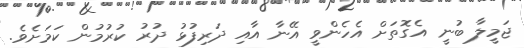
ޖަމީލާ ބުނީ އެގޮތަށް އެހެންވީ އޭނާ އާއި ދަރިފުޅު ދުރު ކުރުމުން ކަމަށެވެ.